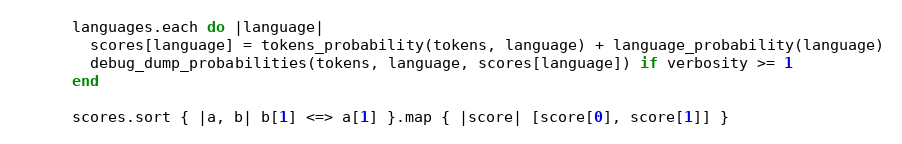
Language: Ruby
      languages.each do |language|
        scores[language] = tokens_probability(tokens, language) + language_probability(language)
        debug_dump_probabilities(tokens, language, scores[language]) if verbosity >= 1
      end

      scores.sort { |a, b| b[1] <=> a[1] }.map { |score| [score[0], score[1]] }